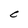
Character: C